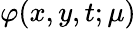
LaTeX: \varphi(x,y,t;\mu)